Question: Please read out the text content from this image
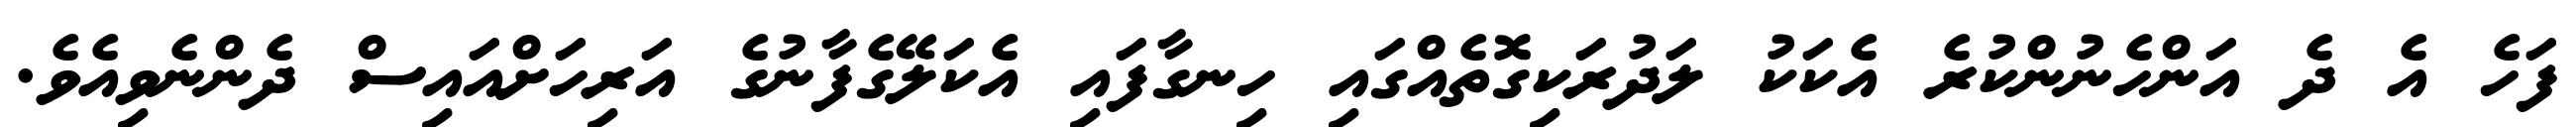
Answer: ފަހެ އެ ދެ އަންހެނުންކުރެ އެކަކު ލަދުރަކިގޮތެއްގައި ހިނގާފައި އެކަލޭގެފާނުގެ އަރިހަށްއައިސް ދެންނެވިއެވެ.